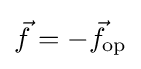
{\vec {f}}=-{\vec {f}}_{\text{op}}